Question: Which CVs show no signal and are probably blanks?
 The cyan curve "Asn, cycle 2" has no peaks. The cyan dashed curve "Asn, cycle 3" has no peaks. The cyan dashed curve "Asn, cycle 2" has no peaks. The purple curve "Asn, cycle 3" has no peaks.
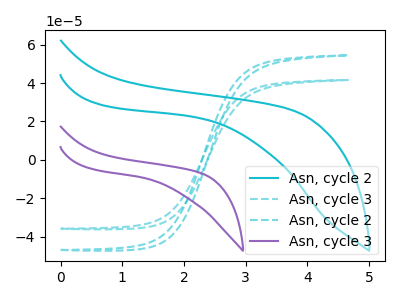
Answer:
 <answer>"Asn, cycle 2", "Asn, cycle 3", "Asn, cycle 2" and "Asn, cycle 3" are likely to be blanks.</answer>
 <eval>"Asn, cycle 2", "Asn, cycle 3", "Asn, cycle 2", "Asn, cycle 3"</eval>